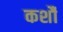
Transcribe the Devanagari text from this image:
कर्शौ